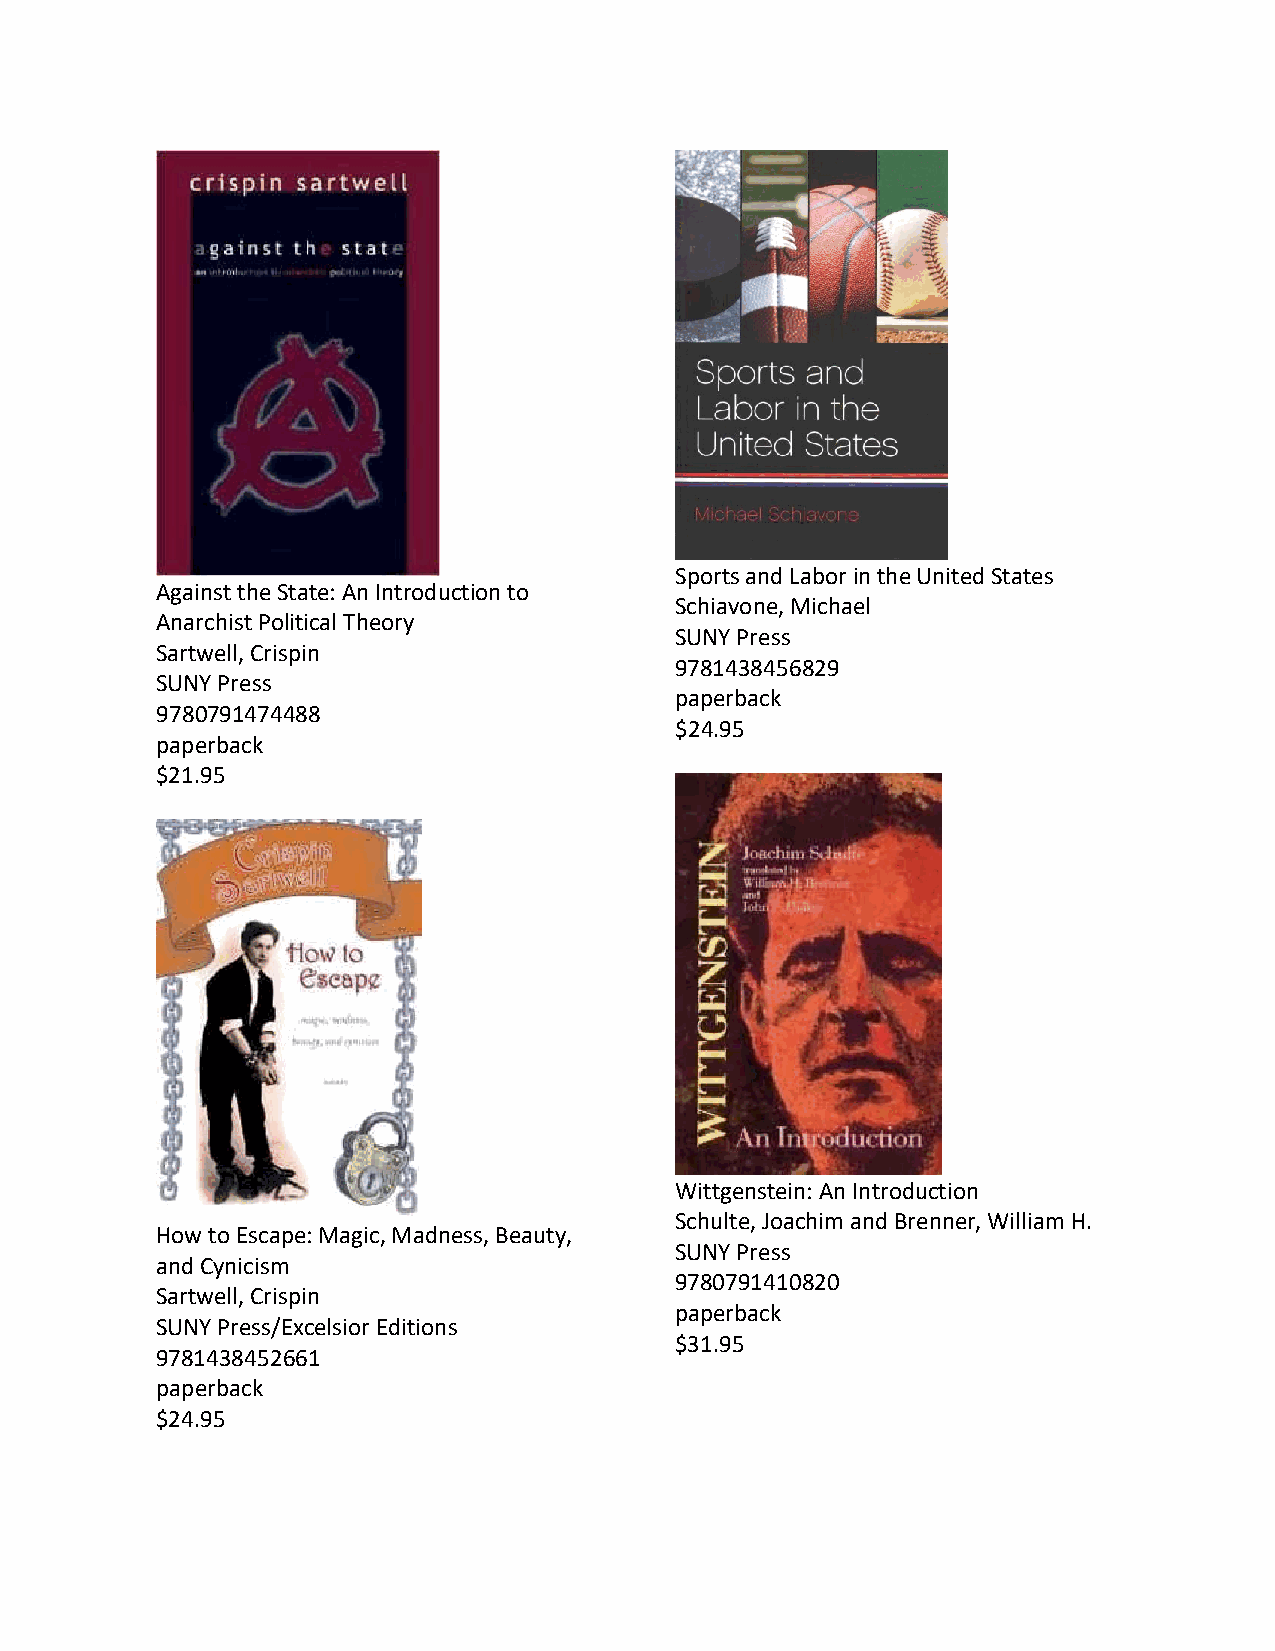
Sports and Labor in the United States
 Against the State: An Introduction to
 Schiavone, Michael
 Anarchist Political Theory
 SUNY Press
 Sartwell, Crispin
 9781438456829
 SUNY Press
 paperback
 9780791474488
 $24.95
 paperback
 $21.95
 Wittgenstein: An Introduction
 Schulte, Joachim and Brenner, William H.
 How to Escape: Magic, Madness, Beauty,
 SUNY Press
 and Cynicism
 9780791410820
 Sartwell, Crispin
 paperback
 SUNY Press/Excelsior Editions
 $31.95
 9781438452661
 paperback
 $24.95